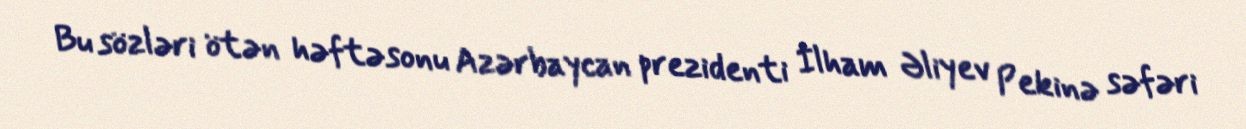
Bu sözləri ötən həftəsonu Azərbaycan prezidenti İlham Əliyev Pekinə səfəri